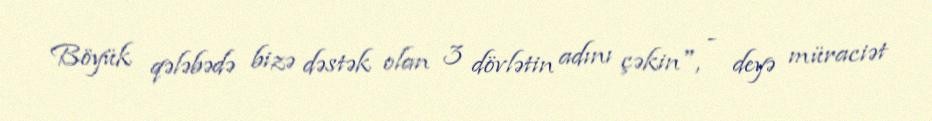
Böyük qələbədə bizə dəstək olan 3 dövlətin adını çəkin", - deyə müraciət